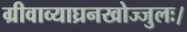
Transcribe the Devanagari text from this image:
ग्रीवाव्याघ्रनखोज्जुलः।